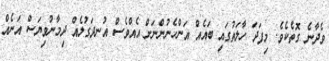
ވެދާނެ ގޮތެކެވެ. މިފަދަ ހާލަތުގައި ބައެއް އަންހެނުންނަށް އެއްވެސް އުނދަގުލެއް ދިމާނުވިޔަސް އަނެއް